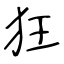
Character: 狂